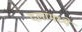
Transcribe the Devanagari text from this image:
दलांमध्ये